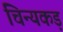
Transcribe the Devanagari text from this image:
चिन्यकड़